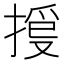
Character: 𢯳